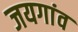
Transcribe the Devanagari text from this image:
जयगांव